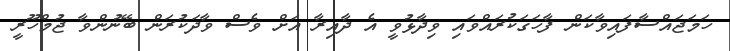
ހަމަޖައްސާފައިވާކަން ފާހަގަކުރައްވައި ވިދާޅުވީ އެ ދާއިރާ އަށް ވެސް ވާދަކުރަން ބޭނުންވާ ޖުމްހޫރީ